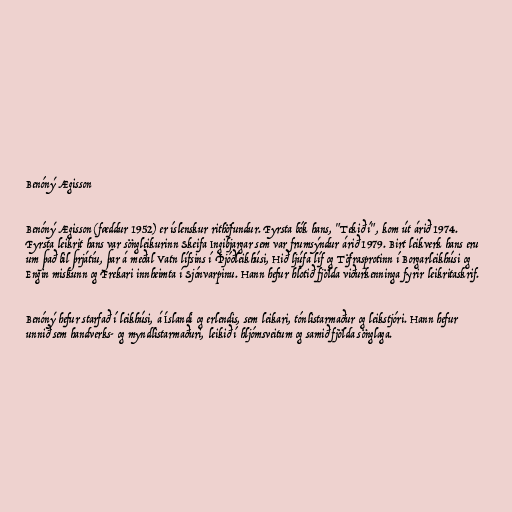
Benóný Ægisson

Benóný Ægisson (fæddur 1952) er íslenskur rithöfundur. Fyrsta bók hans, "Tekið í", kom út árið 1974.
Fyrsta leikrit hans var söngleikurinn Skeifa Ingibjargar sem var frumsýndur árið 1979. Birt leikverk hans eru
um það bil þrjátíu, þar á meðal Vatn lífsins í Þjóðleikhúsi, Hið ljúfa líf og Töfrasprotinn í Borgarleikhúsi og
Engin miskunn og Frekari innheimta í Sjónvarpinu. Hann hefur hlotið fjölda viðurkenninga fyrir leikritaskrif.

Benóný hefur starfað í leikhúsi, á Íslandi og erlendis, sem leikari, tónlistarmaður og leikstjóri. Hann hefur
unnið sem handverks- og myndlistarmaðuri, leikið í hljómsveitum og samið fjölda sönglaga.